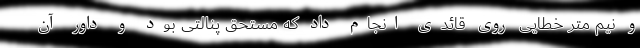
و نیم متر خطایی روی قائدی انجام داد که مستحق پنالتی بود و داور آن